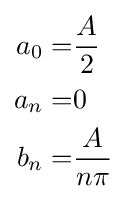
{\begin{aligned}a_{0}=&{\frac {A}{2}}\\a_{n}=&0\\b_{n}=&{\frac {A}{n\pi }}\\\end{aligned}}